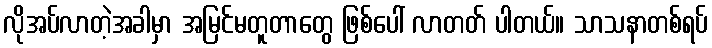
လိုအပ်လာတဲ့အခါမှာ အမြင်မတူတာတွေ ဖြစ်ပေါ် လာတတ် ပါတယ်။ သာသနာတစ်ရပ်